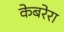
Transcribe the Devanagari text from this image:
केबरेरा